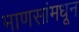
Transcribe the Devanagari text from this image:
माणसांमधून